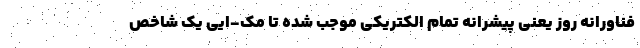
فناورانه روز یعنی پیشرانه تمام الکتریکی موجب شده تا مک-ایی یک شاخص